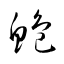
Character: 鮠